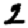
Digit: 2